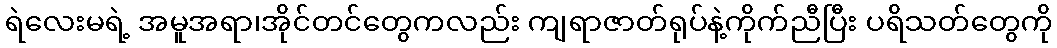
ရဲလေးမရဲ့ အမူအရာ၊အိုင်တင်တွေကလည်း ကျရာဇာတ်ရုပ်နဲ့ကိုက်ညီပြီး ပရိသတ်တွေကို